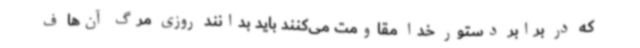
که در برابر دستور خدا مقاومت می‌کنند باید بدانند روزی مرگ آن‌ها ف